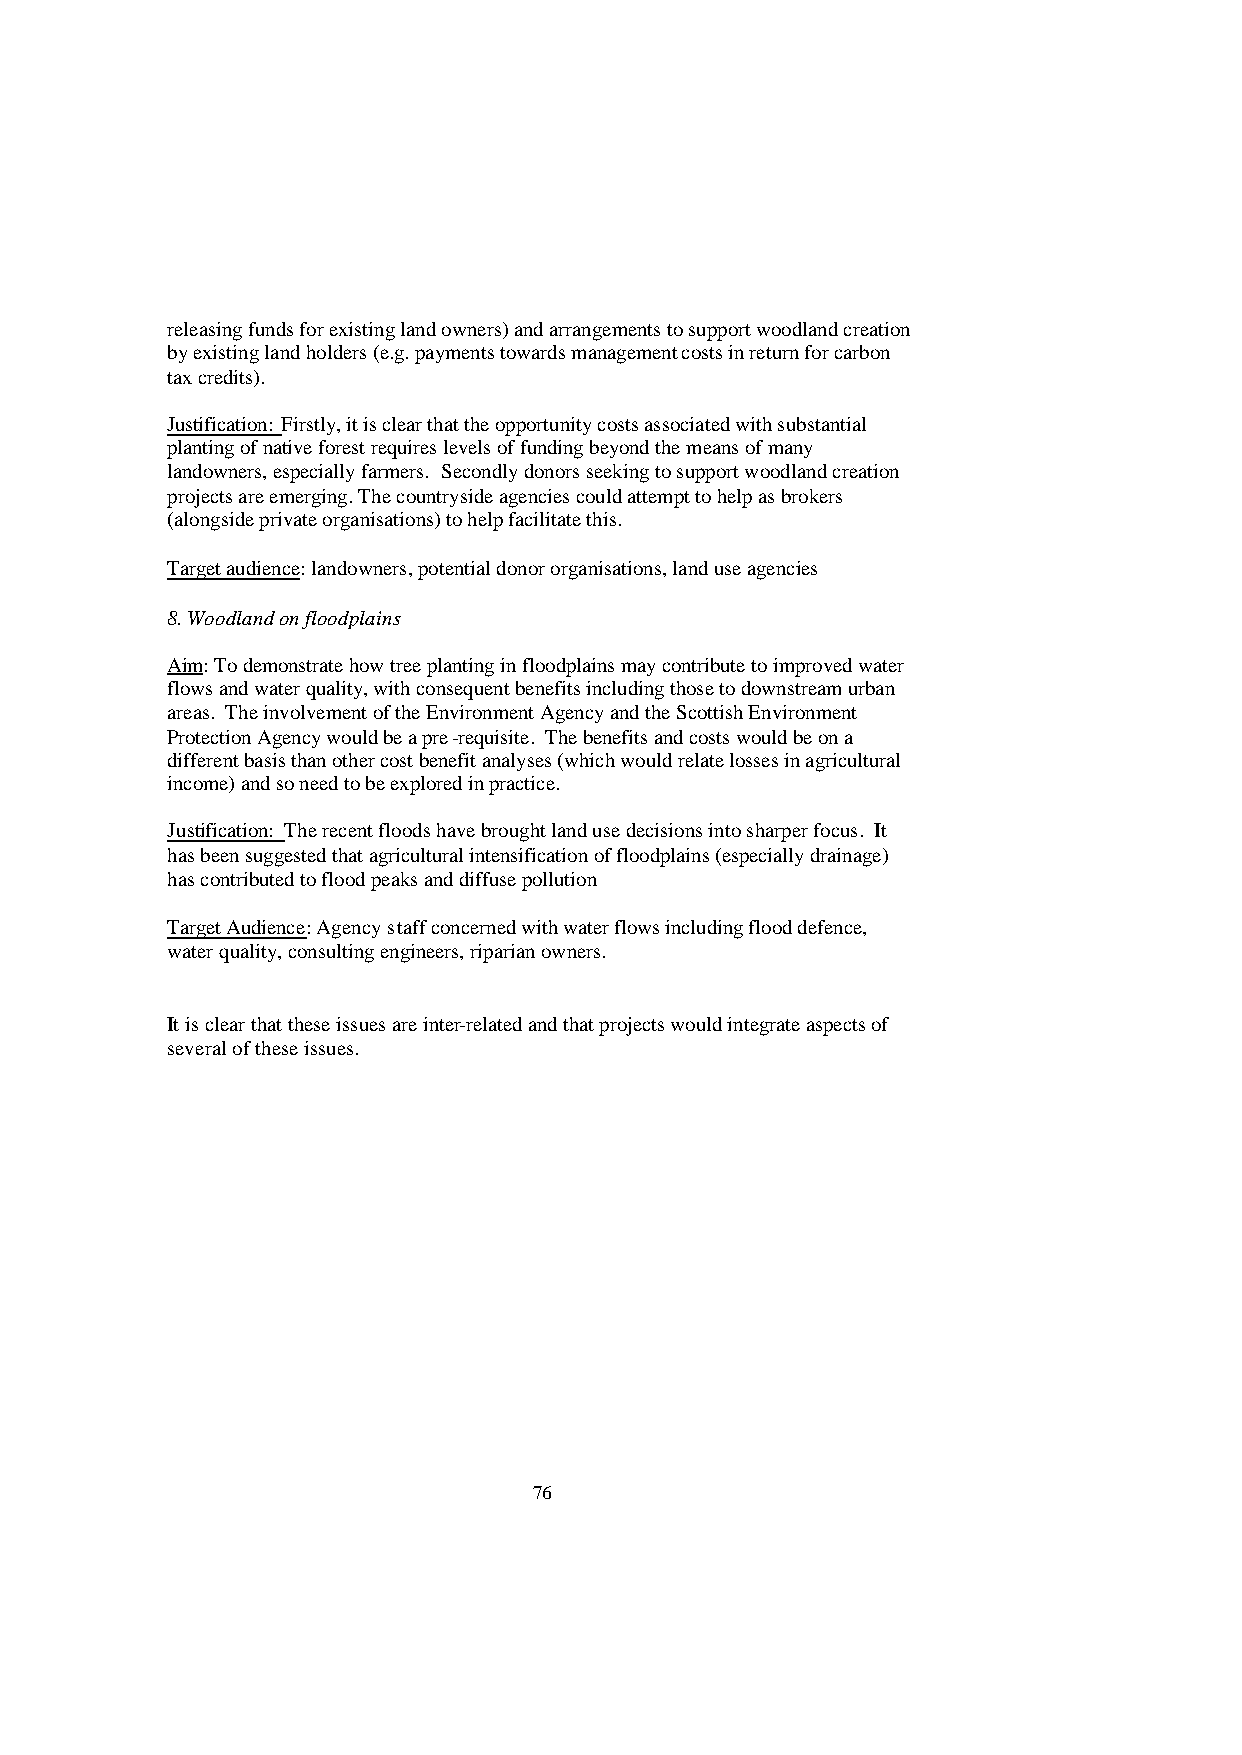
releasing funds for existing land owners) and arrangements to support woodland creation
 by existing land holders (e.g. payments towards management costs in return for carbon
 tax credits).
 Justification: Firstly, it is clear that the opportunity costs associated with substantial
 planting of native forest requires levels of funding beyond the means of many
 landowners, especially farmers. Secondly donors seeking to support woodland creation
 projects are emerging. The countryside agencies could attempt to help as brokers
 (alongside private organisations) to help facilitate this.
 Target audience: landowners, potential donor organisations, land use agencies
 8. Woodland on floodplains
 Aim: To demonstrate how tree planting in floodplains may contribute to improved water
 flows and water quality, with consequent benefits including those to downstream urban
 areas. The involvement of the Environment Agency and the Scottish Environment
 Protection Agency would be a pre-requisite. The benefits and costs would be on a
 different basis than other cost benefit analyses (which would relate losses in agricultural
 income) and so need to be explored in practice.
 Justification: The recent floods have brought land use decisions into sharper focus. It
 has been suggested that agricultural intensification of floodplains (especially drainage)
 has contributed to flood peaks and diffuse pollution
 Target Audience: Agency staff concerned with water flows including flood defence,
 water quality, consulting engineers, riparian owners.
 It is clear that these issues are inter-related and that projects would integrate aspects of
 several of these issues.
 76